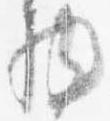
物